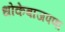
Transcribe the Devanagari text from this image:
धोकेबाजपणा